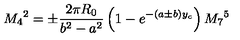
M _ { 4 } { } ^ { 2 } = \pm \frac { 2 \pi R _ { 0 } } { b ^ { 2 } - a ^ { 2 } } \left( 1 - e ^ { - ( a \pm b ) y _ { c } } \right) M _ { 7 } { } ^ { 5 }